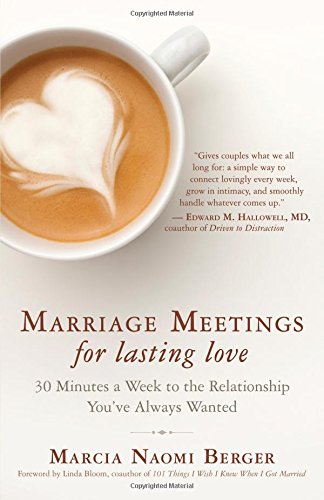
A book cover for Marriage Meetings for Lasting Love: 30 Minutes a Week to the Relationship You've Always Wanted; Marcia Naomi Berger; Parenting & Relationships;